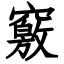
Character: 竅